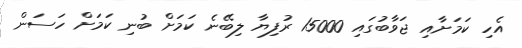
އެހި ކަމަށާއި ޖަވާބުގައި 15000 ރުފިޔާ ލިބޭނެ ކަމަށް ބުނި ކަމަށް ހަސަން